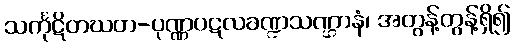
သင်္ကုဋိတဃတ-ပုဏ္ဏပဋလခဏ္ဍသဏ္ဌာနံ၊ အတွန့်တွန့်ရှိ၍